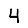
Digit: 4